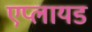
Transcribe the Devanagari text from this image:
एप्लायड